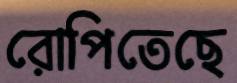
রোপিতেছে